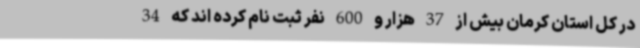
در کل استان کرمان بیش از 37 هزار و 600 نفر ثبت نام کرده اند که 34